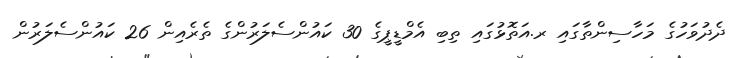
ދެދުވަހުގެ މަހާސިންތާގައި ރ.އަތޮޅުގައި ތިބި އެމްޑީޕީގެ 30 ކައުންސެލަރުންގެ ތެރެއިން 26 ކައުންސެލަރުން